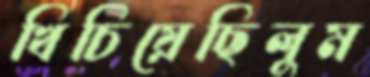
খিচিয়েছিলুম